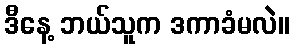
ဒီနေ့ ဘယ်သူက ဒကာခံမလဲ။